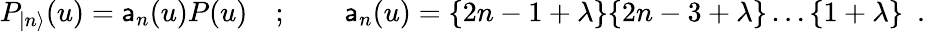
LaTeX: P_{|n\rangle}(u)=\mathsf{a}_{n}(u)P(u)\quad;\qquad\mathsf{a}_{n}(u)=\{ 2n-1+\lambda\} \{ 2n-3+\lambda\} \dots\{ 1+\lambda\} \, \, \, .